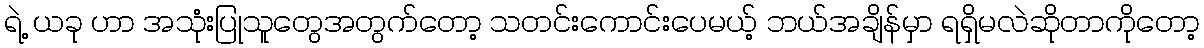
ရဲ့ ယခု ဟာ အသုံးပြုသူတွေအတွက်တော့ သတင်းကောင်းပေမယ့် ဘယ်အချိန်မှာ ရရှိမလဲဆိုတာကိုတော့